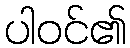
ပါဝင်၏